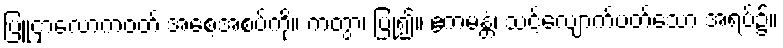
ပြူငှာလောကဝတ် အစေ့အစပ်ကို။ ကတွာ၊ ပြု၍။ ဧကမန္တံ၊ သင့်လျောက်ပတ်သော အရပ်၌။